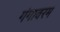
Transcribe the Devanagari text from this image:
गंगावरम